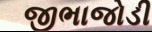
જીભાજોડી